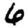
Digit: 6